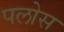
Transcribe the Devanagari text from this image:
पलोस